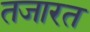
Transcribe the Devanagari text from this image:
तजारत